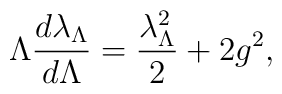
\Lambda{d\lambda_{\Lambda}\over d\Lambda}=	{\lambda_{\Lambda}^{2}\over 2}+2g^{2},